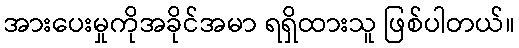
အားပေးမှုကိုအခိုင်အမာ ရရှိထားသူ ဖြစ်ပါတယ်။